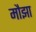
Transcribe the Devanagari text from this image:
मौझा